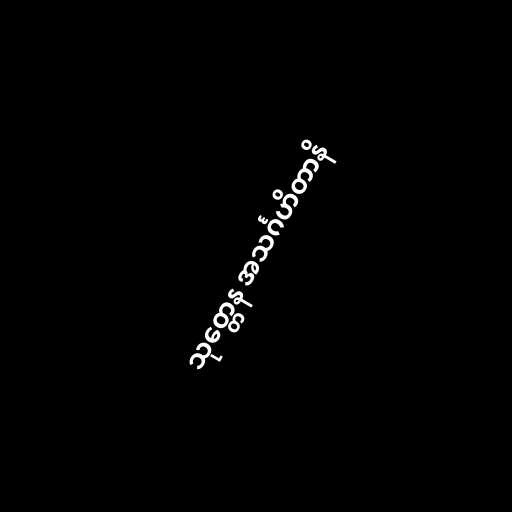
သုတ္တေန အသင်္ဂဟိတာနိ